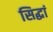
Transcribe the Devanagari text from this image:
सिद्धां